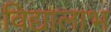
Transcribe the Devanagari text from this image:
विद्यालाभ